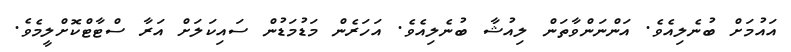
އައުމަށް ބުނެލިއެވެ. އަންނަންވާތަން ލިއުޝާ ބުނެލިއެވެ. އަހަރެން މަޑުމަޑުން ސައިކަލަށް އަރާ ސްޓާޓްކޮށްލީމެވެ.